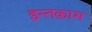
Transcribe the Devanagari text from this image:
इन्तक़ाम